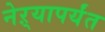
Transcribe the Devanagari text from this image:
नेऱ्यापर्यंत